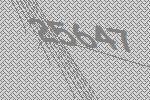
25647